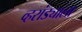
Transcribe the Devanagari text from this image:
व्हरांड्याला